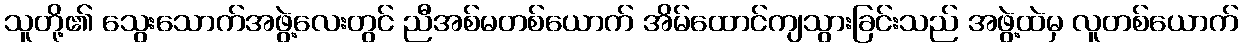
သူတို့၏ သွေးသောက်အဖွဲ့လေးတွင် ညီအစ်မတစ်ယောက် အိမ်ထောင်ကျသွားခြင်းသည် အဖွဲ့ထဲမှ လူတစ်ယောက်